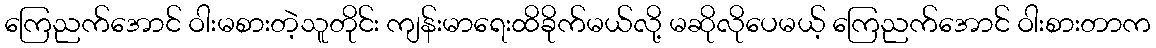
ကြေညက်အောင် ဝါးမစားတဲ့သူတိုင်း ကျန်းမာရေးထိခိုက်မယ်လို့ မဆိုလိုပေမယ့် ကြေညက်အောင် ဝါးစားတာက